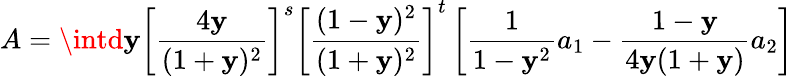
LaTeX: A=\intd\mathbf{y}\left[\frac{{4\mathbf{y}}}{{(1+\mathbf{y})^{2}}}\right]^{s}\left[\frac{{(1-\mathbf{y})^{2}}}{{(1+\mathbf{y})^{2}}}\right]^{t}\left[\frac{{1}}{{1-\mathbf{y}^{2}}}a_{1}-\frac{{1-\mathbf{y}}}{{4\mathbf{y}(1+\mathbf{y})}}a_{2}\right]